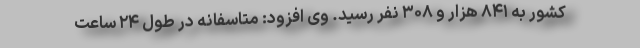
کشور به ۸۴۱ هزار و ۳۰۸ نفر رسید. وی افزود: متاسفانه در طول ۲۴ ساعت